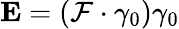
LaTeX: \mathbf{E}=({\mathcal{F}}\cdot\gamma_{0})\gamma_{0}